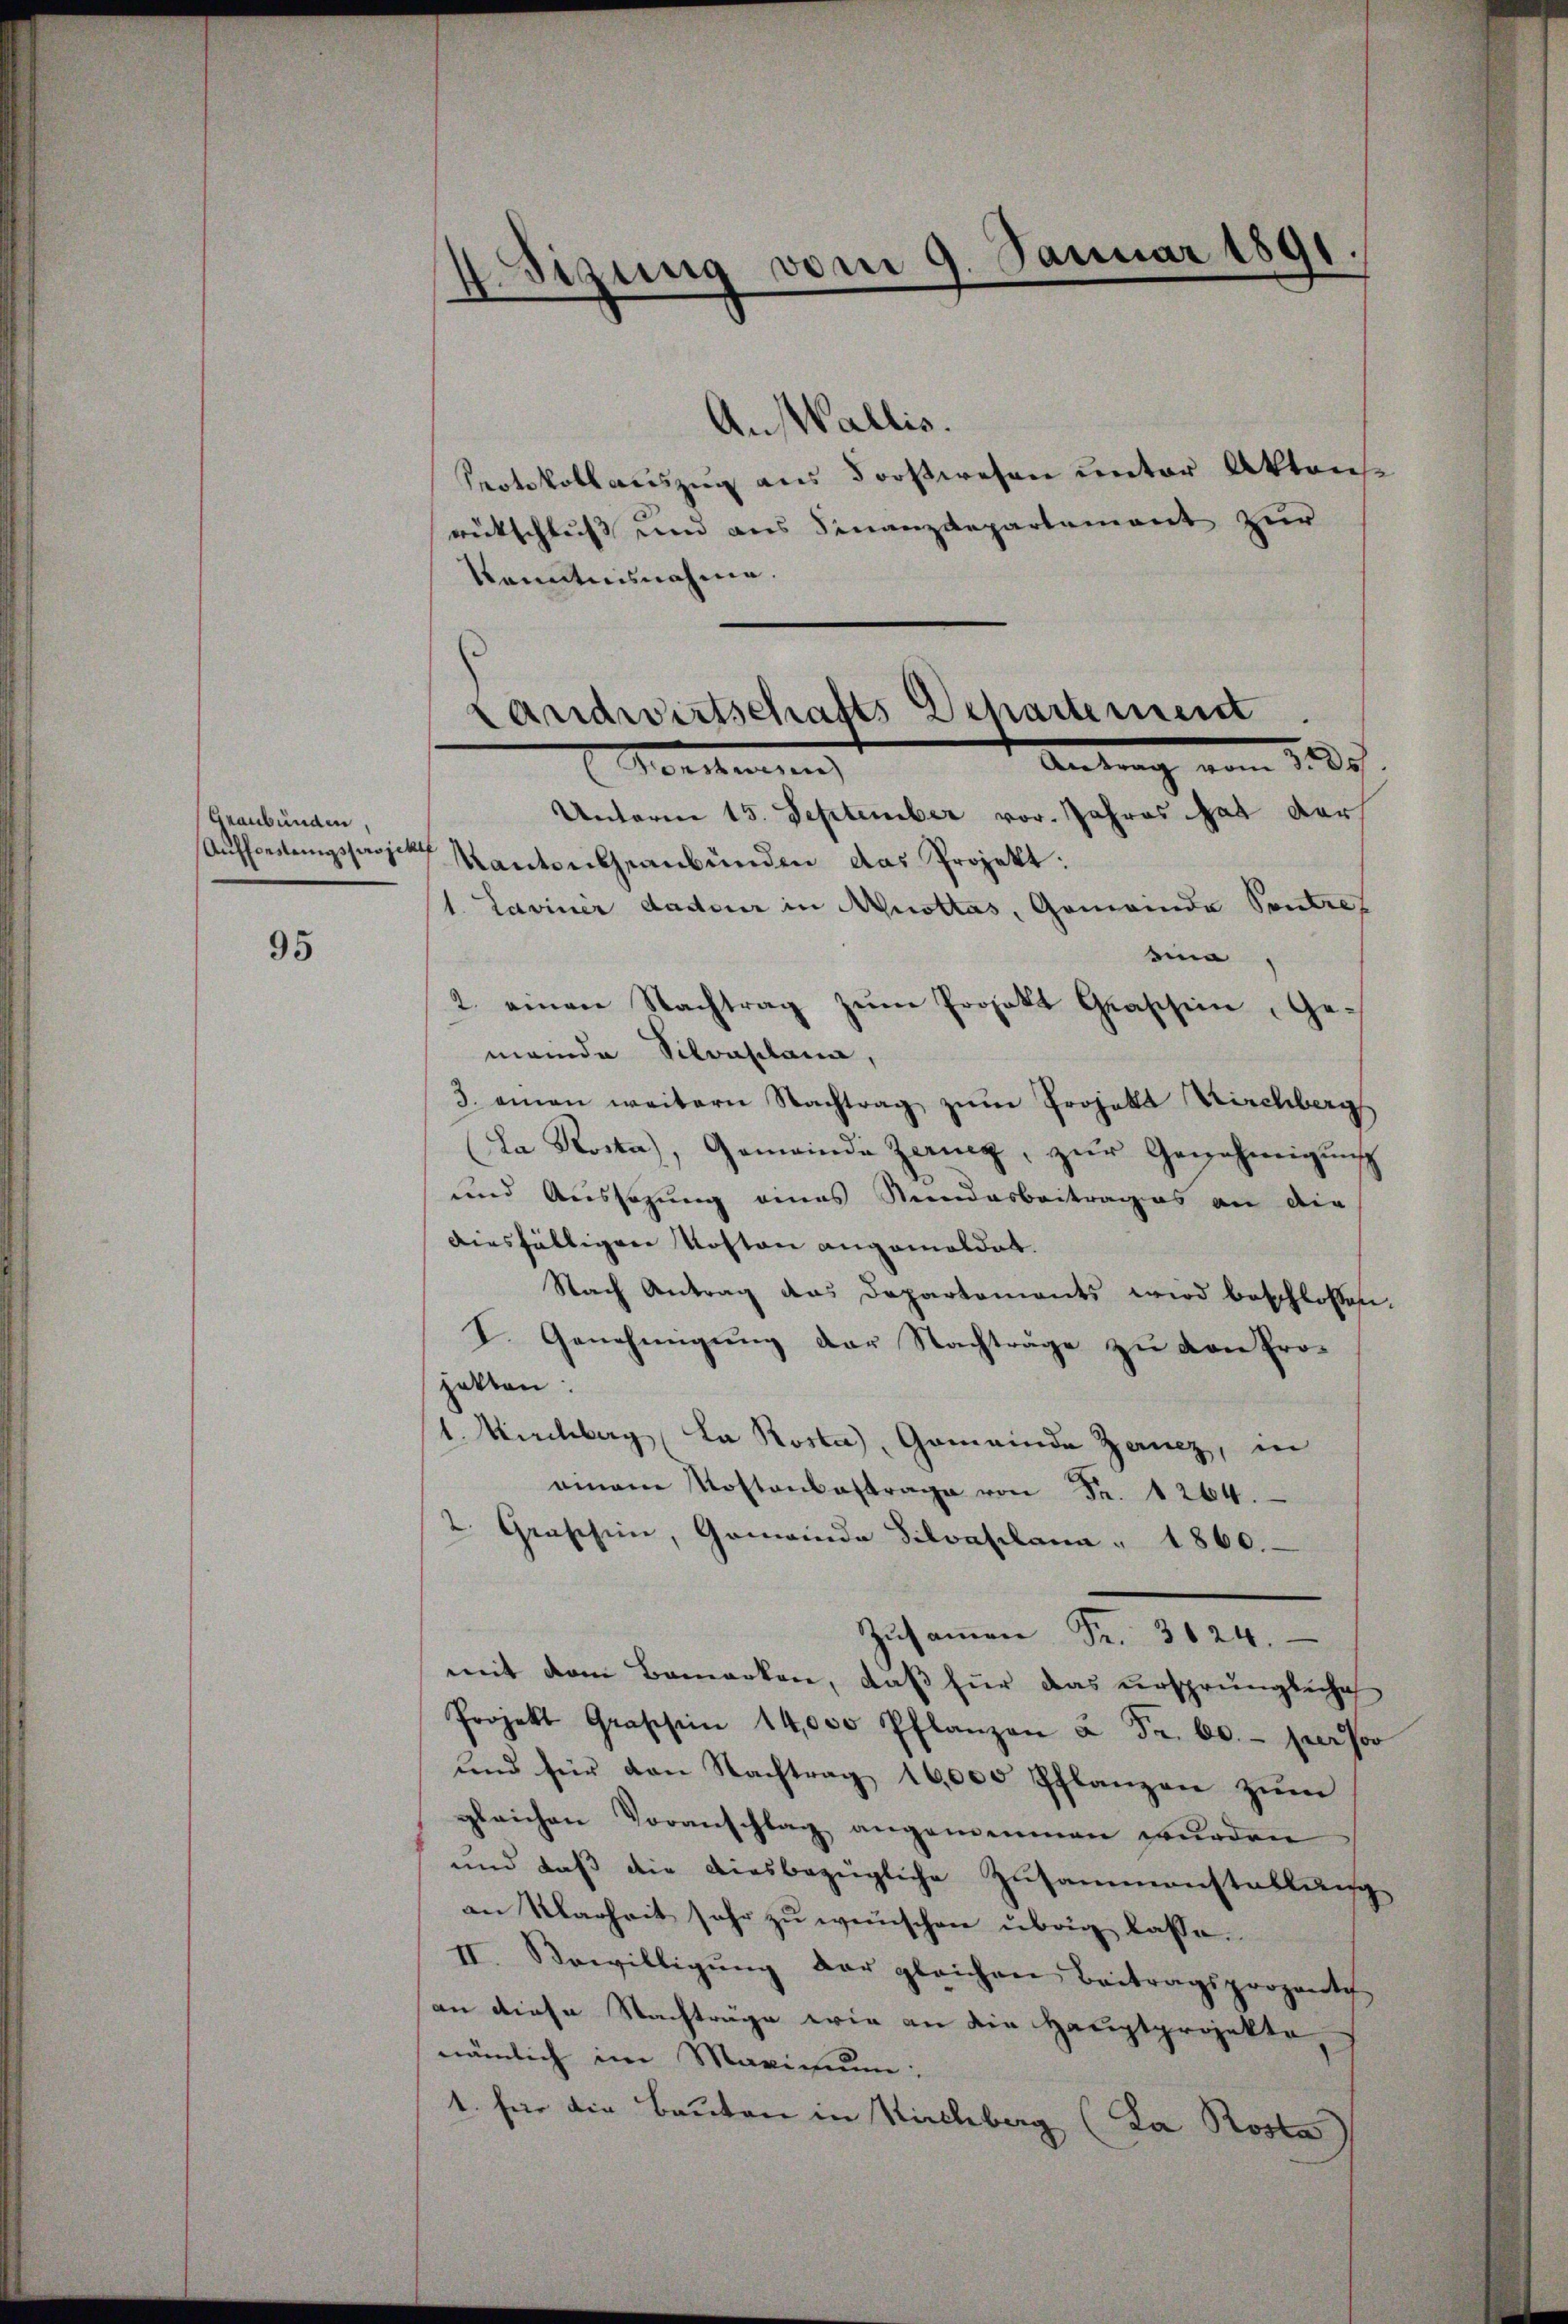
Graubünden,
Aufforstungsprojekt

95

1. Sigung vom 9. Januar 1891.
d

Ans Wallis.
Pertokollauszug aus Forstwesen unter Aktens
rütschluss und aus Finanzdepartement zur
Kenntnisnahme.

Landwirtschafts Departement
Antrag vom 2. de
Machterung

Unterm 15. September vor. Jahres hat der
Kanton Graubünden das Projekt.
1. Laviner dadeur in Musttas, Gemeinde Sontref
in
2. einen Nachtrag zŭm Projekt Grassin, Ge-
meinda Silvaplana,
3. einen weitern Nachtrag zŭm Projekt Kirchbergs
La Rosta, Gemeinde Zerig, zŭr Genehmigung
und Aussagung eines Sandarbeitrages an die
diesfälligen Kosten angemeldet.
Nach Antrag das Departements wird beschlossen.
I. Genehmigung der Nachträge zu von Prohakten:
1. Kirchberg (La Rosta, Gemeinde Zanz, in
einem Kostenbestrage von Fr. 1264.
2. Graschien, Gemeinde Silvaplana " 1860.
Zŭsaṁen Fr. 3624.
mit dem Bemerken, daß für das ursprüngliche
Projekt Grafsinn 14,000 Pflanzen à Fr. 60.- persor
ŭnd für den Nachtrag 16,000 Pflanzen zŭm
gleichen Voranschlag angemeinen wurden
und daß die diesbezügliche Zusammenstallung
an Klarheit sehr zu wünschen übrig lasse.
II. Bewilligŭng der gleichen Beitragsprozente
an diese Nachträge wie an die Hauptprojekte,
nämlich im Maximum:
1. für die Bauten in Kirchberg (La Rosta